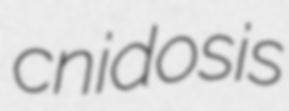
cnidosis